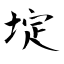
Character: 埞